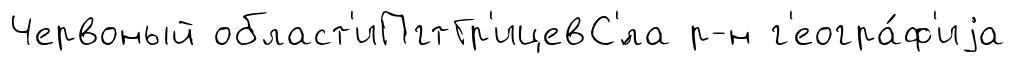
Червоный област'иПгтГр'ицевС'́ла р-н г'еогра́ф'иjа